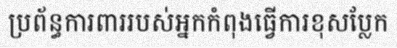
ប្រព័ន្ធការពាររបស់អ្នកកំពុងធ្វើការខុសប្លែក